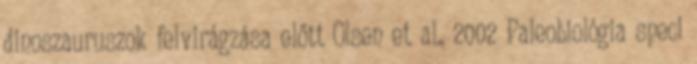
dinoszauruszok felvirágzása előtt Olsen et al., 2002 Paleobiológia speci